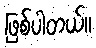
ဖြစ်ပါတယ်။